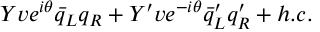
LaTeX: Y v e ^ { i \theta } \bar { q } _ { L } q _ { R } + Y ^ { \prime } v e ^ { - i \theta } \bar { q } _ { L } ^ { \prime } q _ { R } ^ { \prime } + h . c .